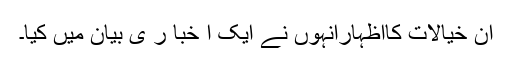
ان خیالات کااظہارانہوں نے ایک ا خبا ر ی بیان میں کیا۔